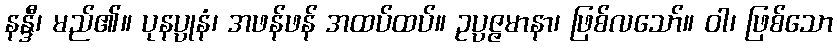
နန္ဒီ၊ မည်၏။ ပုနပ္ပုနံ၊ အဖန်ဖန် အထပ်ထပ်။ ဥပ္ပဇ္ဇမာနာ၊ ဖြစ်လသော်။ ဝါ၊ ဖြစ်သော